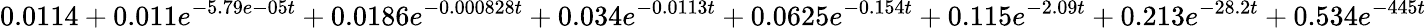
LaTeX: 0.0114+0.011e^{-5.79e-05t}+0.0186e^{-0.000828t}+0.034e^{-0.0113t}+0.0625e^{-0.154t}+0.115e^{-2.09t}+0.213e^{-28.2t}+0.534e^{-445t}